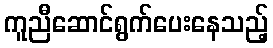
ကူညီဆောင်ရွက်ပေးနေသည့်